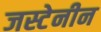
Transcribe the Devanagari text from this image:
जस्टेनीन